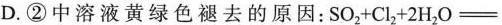
D.②中溶液黄绿色褪去的原因：$$S O _ { 2 } + C l _ { 2 } + 2 H _ { 2 } O =